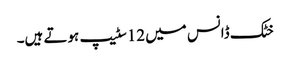
خٹک ڈانس میں 12سٹیپ ہوتے ہیں۔